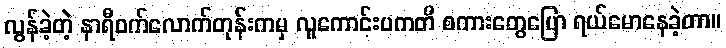
လွန်ခဲ့တဲ့ နာရီဝက်လောက်တုန်းကမှ လူကောင်းပကတိ စကားတွေပြော ရယ်မောနေခဲ့တာ။